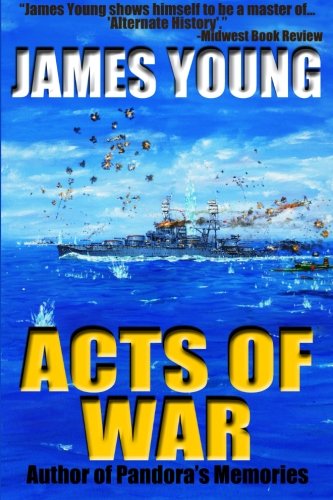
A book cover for Acts of War (Usurper's War); James Young; Science Fiction & Fantasy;